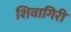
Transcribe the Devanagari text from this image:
शिवागिरी